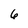
Character: 6